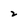
Character: 2